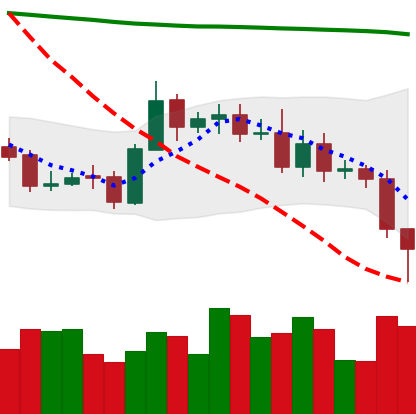
Ticker: ETC-USD
Chart end date: 2020-11-03
Forward return: 6.683%
Label: up_5_7